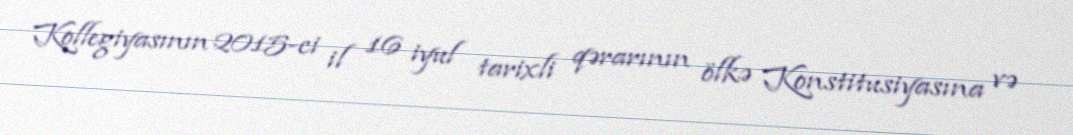
Kollegiyasının 2015-ci il 16 iyul tarixli qərarının ölkə Konstitusiyasına və